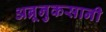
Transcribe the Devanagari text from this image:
अब्रूनुकसानी